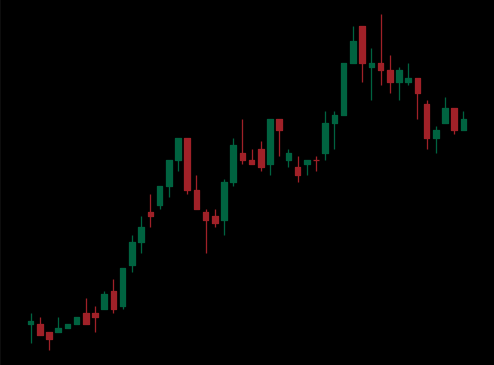
Pattern: bear_flag